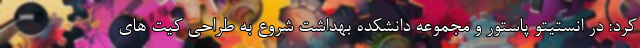
کرد: در انستیتو پاستور و مجموعه دانشکده بهداشت شروع به طراحی کیت های